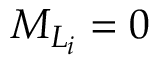
{ M } _ { L _ { i } } = 0